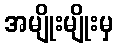
အမျိုးမျိုးမှ